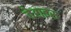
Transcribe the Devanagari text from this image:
वेराइस